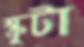
স্ক্রুটা